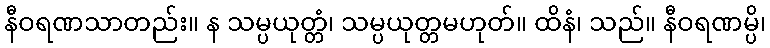
နီဝရဏသာတည်း။ န သမ္ပယုတ္တံ၊ သမ္ပယုတ္တမဟုတ်။ ထိနံ၊ သည်။ နီဝရဏမ္ပိ၊